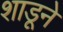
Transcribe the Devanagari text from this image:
शाडूने